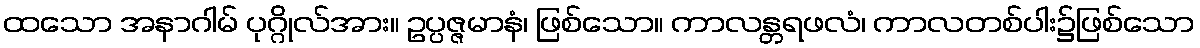
ထသော အနာဂါမ် ပုဂ္ဂိုလ်အား။ ဥပ္ပဇ္ဇမာနံ၊ ဖြစ်သော။ ကာလန္တရဖလံ၊ ကာလတစ်ပါး၌ဖြစ်သော